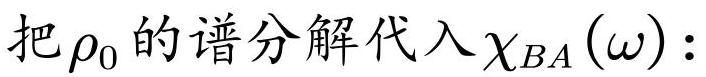
把$\rho_0$的谱分解代入$\chi_{BA}(\omega):$